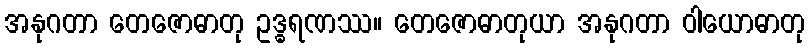
အနုဂတာ တေဇောဓာတု ဥဒ္ဓရဏဿ။ တေဇောဓာတုယာ အနုဂတာ ဝါယောဓာတု